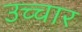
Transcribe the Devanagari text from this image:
उच्‍चार